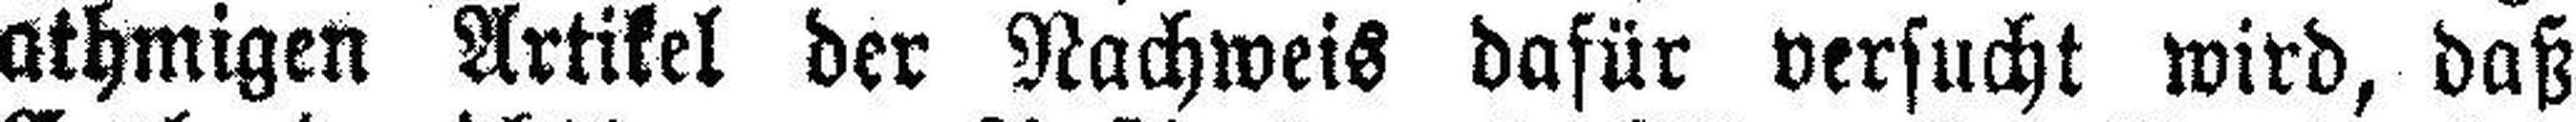
athmigen Artikel der Nachweis dafür versucht wird, daß